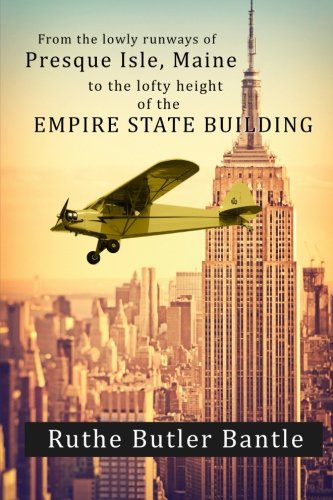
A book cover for From the lowly runways of Presque Isle, Maine to the lofty height of the Empire State Building; Ruthe Butler Bantle; Biographies & Memoirs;